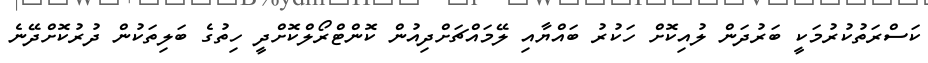
ކަސްރަތުކުރުމަކީ ބަރުދަން ލުއިކޮށް ހަކުރު ބައްޔާއި ލޭމައްޗަށްދިއުން ކޮންޓްރޯލްކޮށްދީ ހިތުގެ ބަލިތަކުން ދުރުކޮށްދޭނެ